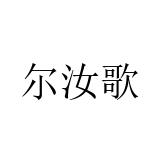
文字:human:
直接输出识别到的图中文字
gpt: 尔汝歌